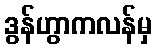
ဒွန်ဟွာကလန်မှ